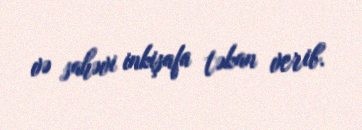
və sahəvi inkişafa təkan verib.